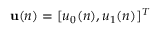
\mathbf { u } ( n ) = [ u _ { 0 } ( n ) , u _ { 1 } ( n ) ] ^ { T }